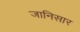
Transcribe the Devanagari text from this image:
जानिसार